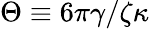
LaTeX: \Theta\equiv 6\pi\gamma/\zeta\kappa